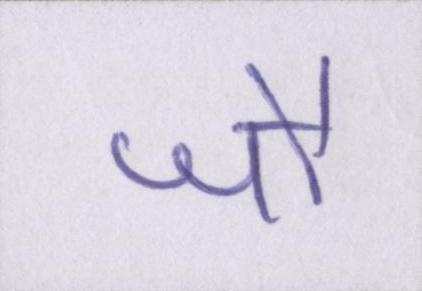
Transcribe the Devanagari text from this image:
जौ